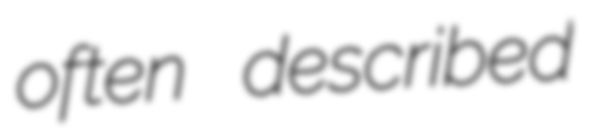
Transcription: often described